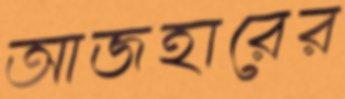
আজহারের